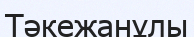
Тәкежанұлы